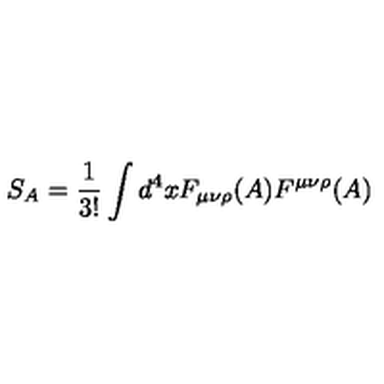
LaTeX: S _ { A } = \frac { 1 } { 3 ! } \int d ^ { 4 } x F _ { \mu \nu \rho } ( A ) F ^ { \mu \nu \rho } ( A ) \nonumber